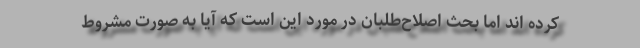
کرده اند اما بحث اصلاح‌طلبان در مورد این است که آیا به صورت مشروط